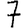
Digit: 7